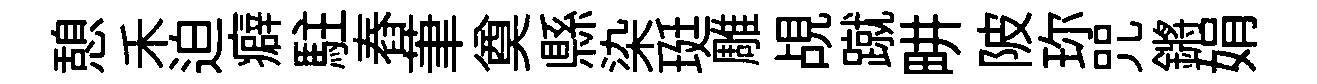
憩禾迫癖駐舂茟奠縣染珽雕覘蹴畊陂珎咒鏘娟